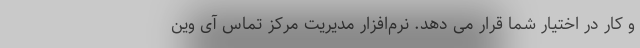
و کار در اختیار شما قرار می دهد. نرم‌افزار مدیریت مرکز تماس آی وین